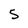
Character: 5